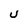
Character: U